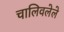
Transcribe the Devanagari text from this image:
चालिवलेले